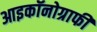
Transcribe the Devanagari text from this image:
आइकॉनोग्राफी